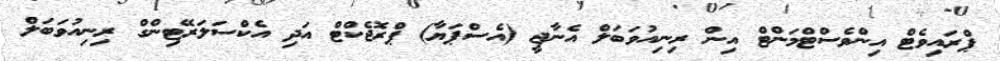
ޕްރައިވެޓް އިންވެސްޓްމަންޓް އިން ރިނިއުވަބަލް އެނާޖީ (އެސްޕަޔާ) ޕްރޮޖެކްޓް އަދި އެކްސަލަރޭޓިންގް ރިނިއުވަބަލް